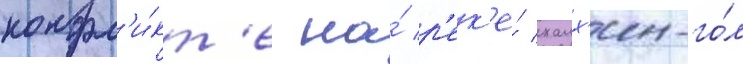
конфл'и́кт'е на́ р'ек'е́ халх'ин-го́л